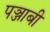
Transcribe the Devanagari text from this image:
पञ्जाबी